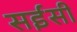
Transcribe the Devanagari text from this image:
सईसी